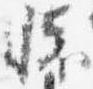
懐